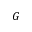
G